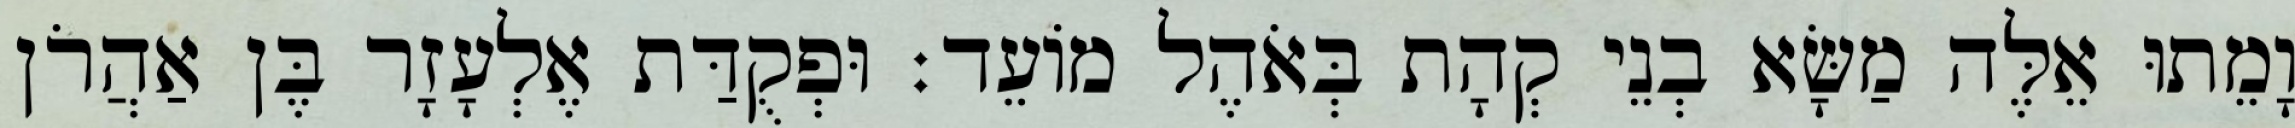
וָמֵתוּ אֵלֶּה מַשָּׂא בְנֵי קְהָת בְּאֹהֶל מוֹעֵד׃ וּפְקֻדַּת אֶלְעָזָר בֶּן אַהֲרֹן